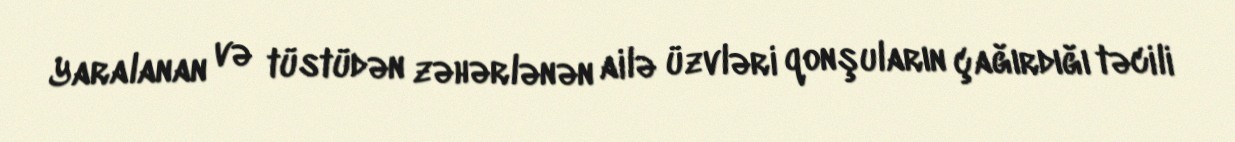
Yaralanan və tüstüdən zəhərlənən ailə üzvləri qonşuların çağırdığı təcili